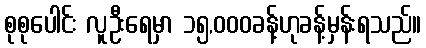
စုစုပေါင်း လူဦးရေမှာ ၁၅,၀၀၀ခန့်ဟုခန့်မှန်းရသည်။